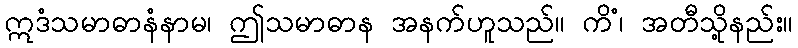
ဣဒံသမာဓာနံနာမ၊ ဤသမာဓာန အနက်ဟူသည်။ ကိံ၊ အတီသို့နည်း။